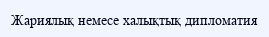
Жариялық немесе халықтық дипломатия